Medical and sanitary report of the native army of Bengal for the year
Year: 1874
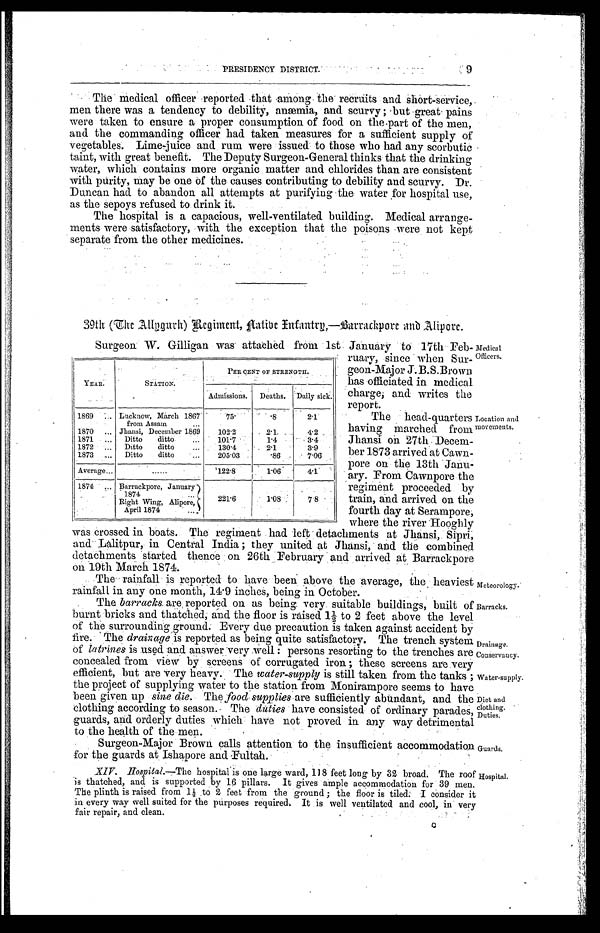
PRESIDENCY DISTRICT
.
9
The medical officer reported that the recruits and short-service,
men there was a tendency to debility, anæmia, and scurvy ; but great pains
were taken to ensure a proper consumption of food on the part of the men,
and the commanding officer had taken measures for a sufficient supply of
vegetables. Lime-juice and rum were issued to those who had any scorbutic
taint, with great benefit. The Deputy Surgeon-General thinks that the drinking
water, which contains more organic matter and chlorides than are consistent
with purity, may be one of the causes contributing to debility and scurvy. Dr.
Duncan had to abandon all attempts at purifying the water for hospital use,
as the sepoys refused to drink it.
The hospital is a capacious, well-ventilated building. Medical arrange
-ments were satisfactory, with the exception that the poisons were not kept
separate from the other medicines.
39th (The Allygurh) Regiment, Aative I nfantry,—Barrackpore and Alipore.
Surgeon W. Gilligan was attached from 1st January to 17th Feb-
ruary, since when Sur--
geon-Major J.B.S.Brown
has officiated in medical
charge; and writes the
report.
The head-quarters
having marched from
Jhansi on 27th Decem
-ber 1873 arrived at Cawn
-pore on the 13th Janu
- a r y . F r o m C a w n p o r e t h e
regiment proceeded by
train, and arrived on the
fourth day at Serampore,
where the river Hooghly
was crossed in boats. The regiment had left detachments at Jhansi, Sipri,
and Lalitpur, in Central India ; they united at Jhansi, and the combined
detachments started thence on 26th February and arrived at Barrackpore
on 19th March 1874.
YEAR.
STATION.
PER CENT OF STRENGTH.
Admissions.
Deaths. Daily sick.
1869 . . .
Lucknow, March 1867
from Assam . . .
7 5 .
. 8
2.1
1870 . . .
Jhansi, December 1869
102.2
2.1
4. 2
1871 . . .
Ditto ditto . . .
101.7
1.4
3.4
1872 . . .
Ditto ditto . . .
130.4
2.1
3.9
1873 . . .
Ditto ditto . . .
205.03
.86
7.06
Average . . .
. . . 122.8
1.06
4.1
1874
Barrackpore, January
1874 . . .
221.6
1. 8
7.8
Right Wing, Alipore,
April 1874 . . .
Medical
Officers.
Location and
movements.
The rainfall is reported to have been above the average, the heaviest
rainfall in any one month, 14.9 inches, being in October.
The barracks are reported on as being very suitable buildings, built of
burnt bricks and thatched, and the floor is raised 1½ to 2 feet above the level
of the surrounding ground. Every due precaution is taken against accident by
fire. The drainage is reported as being quite satisfactory. The trench system
of latrines is used and answer very well : persons resorting to the trenches are
concealed from view by screens of corrugated iron ; these screens are very
efficient, but are very heavy. The water-supply is still taken from the tanks ;
the project of supplying water to the station from Monirampore seems to have
been given up sine die. The food. supplies are sufficiently abundant, and the
clothing according to season. The duties have consisted of ordinary parades,
guards, and orderly duties which have not proved in any way detrimental
to the health of the men.
Surgeon-Major Brown calls attention to the insufficient accommodation
for the guards at Ishapore and Fultah.
Meteorology .
Barracks.
Drainage.
Conservancy.
Water-supply .
Diet and
clothing.
Duties.
Guards .
XIV. Hospital.—The hospital is one large ward, 118 feet long by 32 broad. The roof
is thatched, and is supported by 16 pillars. It gives ample accommodation for 39 men.
The plinth is raised from 1½ to 2 feet from the ground ; the floor is tiled. consider it
in every way well suited for the purposes required. It is well ventilated and cool, in very
fair repair, and clean.
Hospital.
c